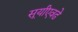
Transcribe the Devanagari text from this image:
सूर्यांएवढे